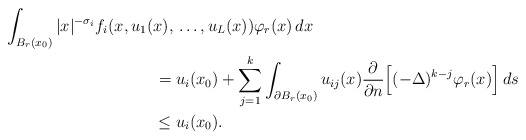
\begin{align*}\int_{B_{r}(x_0)} |x|^{-\sigma_i}f_{i}(x,u_{1}(x), {} & \ldots,u_{L}(x))\varphi_{r}(x) \,dx \\= {} & u_{i}(x_0) + \sum_{j=1}^{k} \int_{\partial B_{r}(x_0)} u_{ij}(x)\frac{\partial}{\partial n}\Big[(-\Delta)^{k-j}\varphi_{r}(x)\Big]\,ds \\\leq {} & u_{i}(x_0).\end{align*}